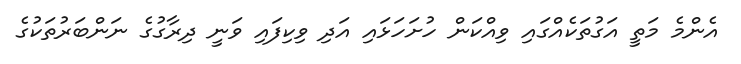
އެންމެ މަތީ އަގުތަކެއްގައި ވިއްކަން ހުށަހަޅައި އަދި ވިކިފައި ވަނީ ދިރާގުގެ ނަންބަރުތަކުގެ